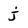
Character: j